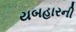
યબહારની